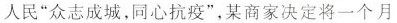
人民”众志成城，同心抗疫”，某商家决定将一个月